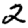
Digit: 2